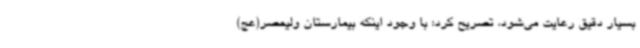
بسیار دقیق رعایت می‌شود، تصریح کرد: با وجود اینکه بیمارستان ولیعصر(عج)